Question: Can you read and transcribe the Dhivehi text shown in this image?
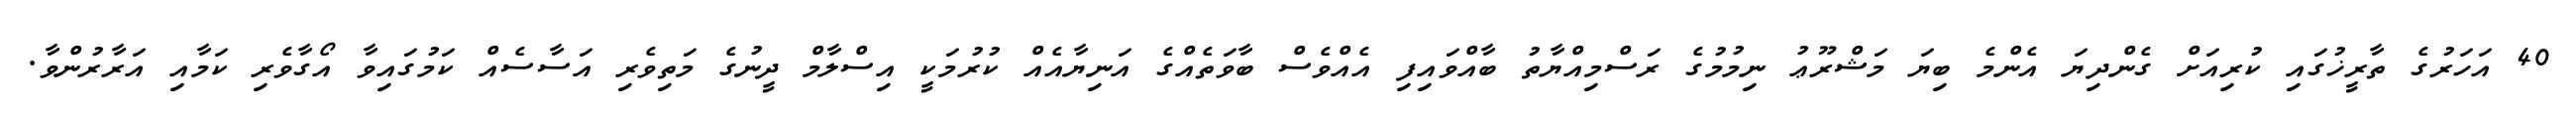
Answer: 40 އަހަރުގެ ތާރީޚުގައި ކުރިއަށް ގެންދިޔަ އެންމެ ބިޔަ މަޝްރޫޢު ނިމުމުގެ ރަސްމިއްޔާތު ބާއްވައިފި އެއްވެސް ބާވަތެއްގެ އަނިޔާއެއް ކުރުމަކީ އިސްލާމް ދީނުގެ މަތިވެރި އަސާސެއް ކަމުގައިވާ އޯގާވެރި ކަމާއި އަރާރުންވާ.